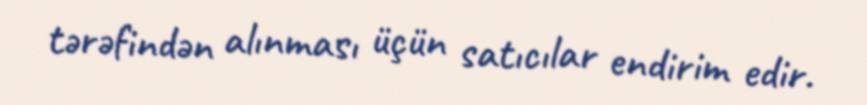
tərəfindən alınması üçün satıcılar endirim edir.